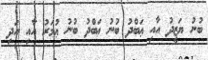
ބުނު ޔަޒީދު އާއި ޢަބްދު ބުނު ޢަބްދު ބުނު ޢުމަރު އާއި އަދި